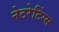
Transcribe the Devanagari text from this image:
नेटरेटिंग्स